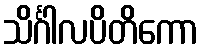
သိင်္ဂါလပိတိကော